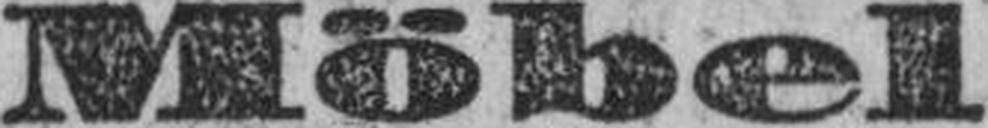
Möbel